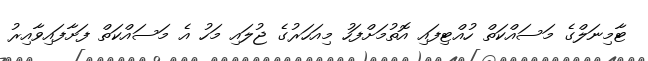
ޓާމިނަލްގެ މަސައްކަތް ހުއްޓިފައި އޮތުމަށްފަހު މިއަހަރުގެ ޖުލައި މަހު އެ މަސައްކަތް ފަށާފައިވާއިރު